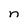
Character: n